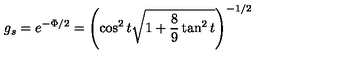
g _ { s } = e ^ { - \Phi / 2 } = \left( \cos ^ { 2 } t \sqrt { 1 + \frac { 8 } { 9 } \tan ^ { 2 } t } \right) ^ { - 1 / 2 }